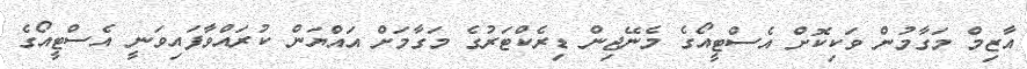
އާޒިމް މަގާމުން ވަކިކޮށް އެސްޓީއޯގެ މެނޭޖިން ޑިރެކްޓަރުގެ މަގާމަށް އައްޔަން ކުރައްވާފައިވަނީ އެސްޓީއޯގެ